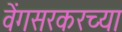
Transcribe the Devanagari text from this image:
वेंगसरकरच्या